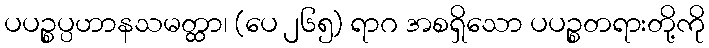
ပပဉ္စပ္ပဟာနသမတ္ထာ၊ (ပေ ၂၆၅) ရာဂ အစရှိသော ပပဉ္စတရားတို့ကို